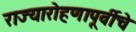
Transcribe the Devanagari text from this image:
राज्यारोहणापूर्वीचे